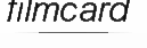
filmcard